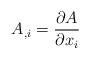
LaTeX: \begin{align*}A_{,i}=\frac{\partial A}{\partial x_{i}}\end{align*}